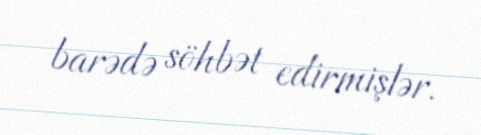
barədə söhbət edirmişlər.